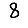
Digit: 8